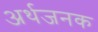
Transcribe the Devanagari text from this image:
अर्थजनक